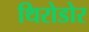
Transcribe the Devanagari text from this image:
थिरोडोर